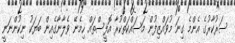
ސަރުކާރުގެ އެންމެ ގިނަ މުވައްޒިފުން މަސައްކަތްކުރާ އޮފީސްތައް ހިމެނޭ ވެލާނާގެއިން ބަޔަކު ނިކުންނަނީ